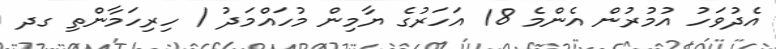
އެދުވަހު އުމުރުން އެންމެ 18 އަހަރުގެ ޔާމިން މުހައްމަދު / ހިރިހަމާންތި ގދ